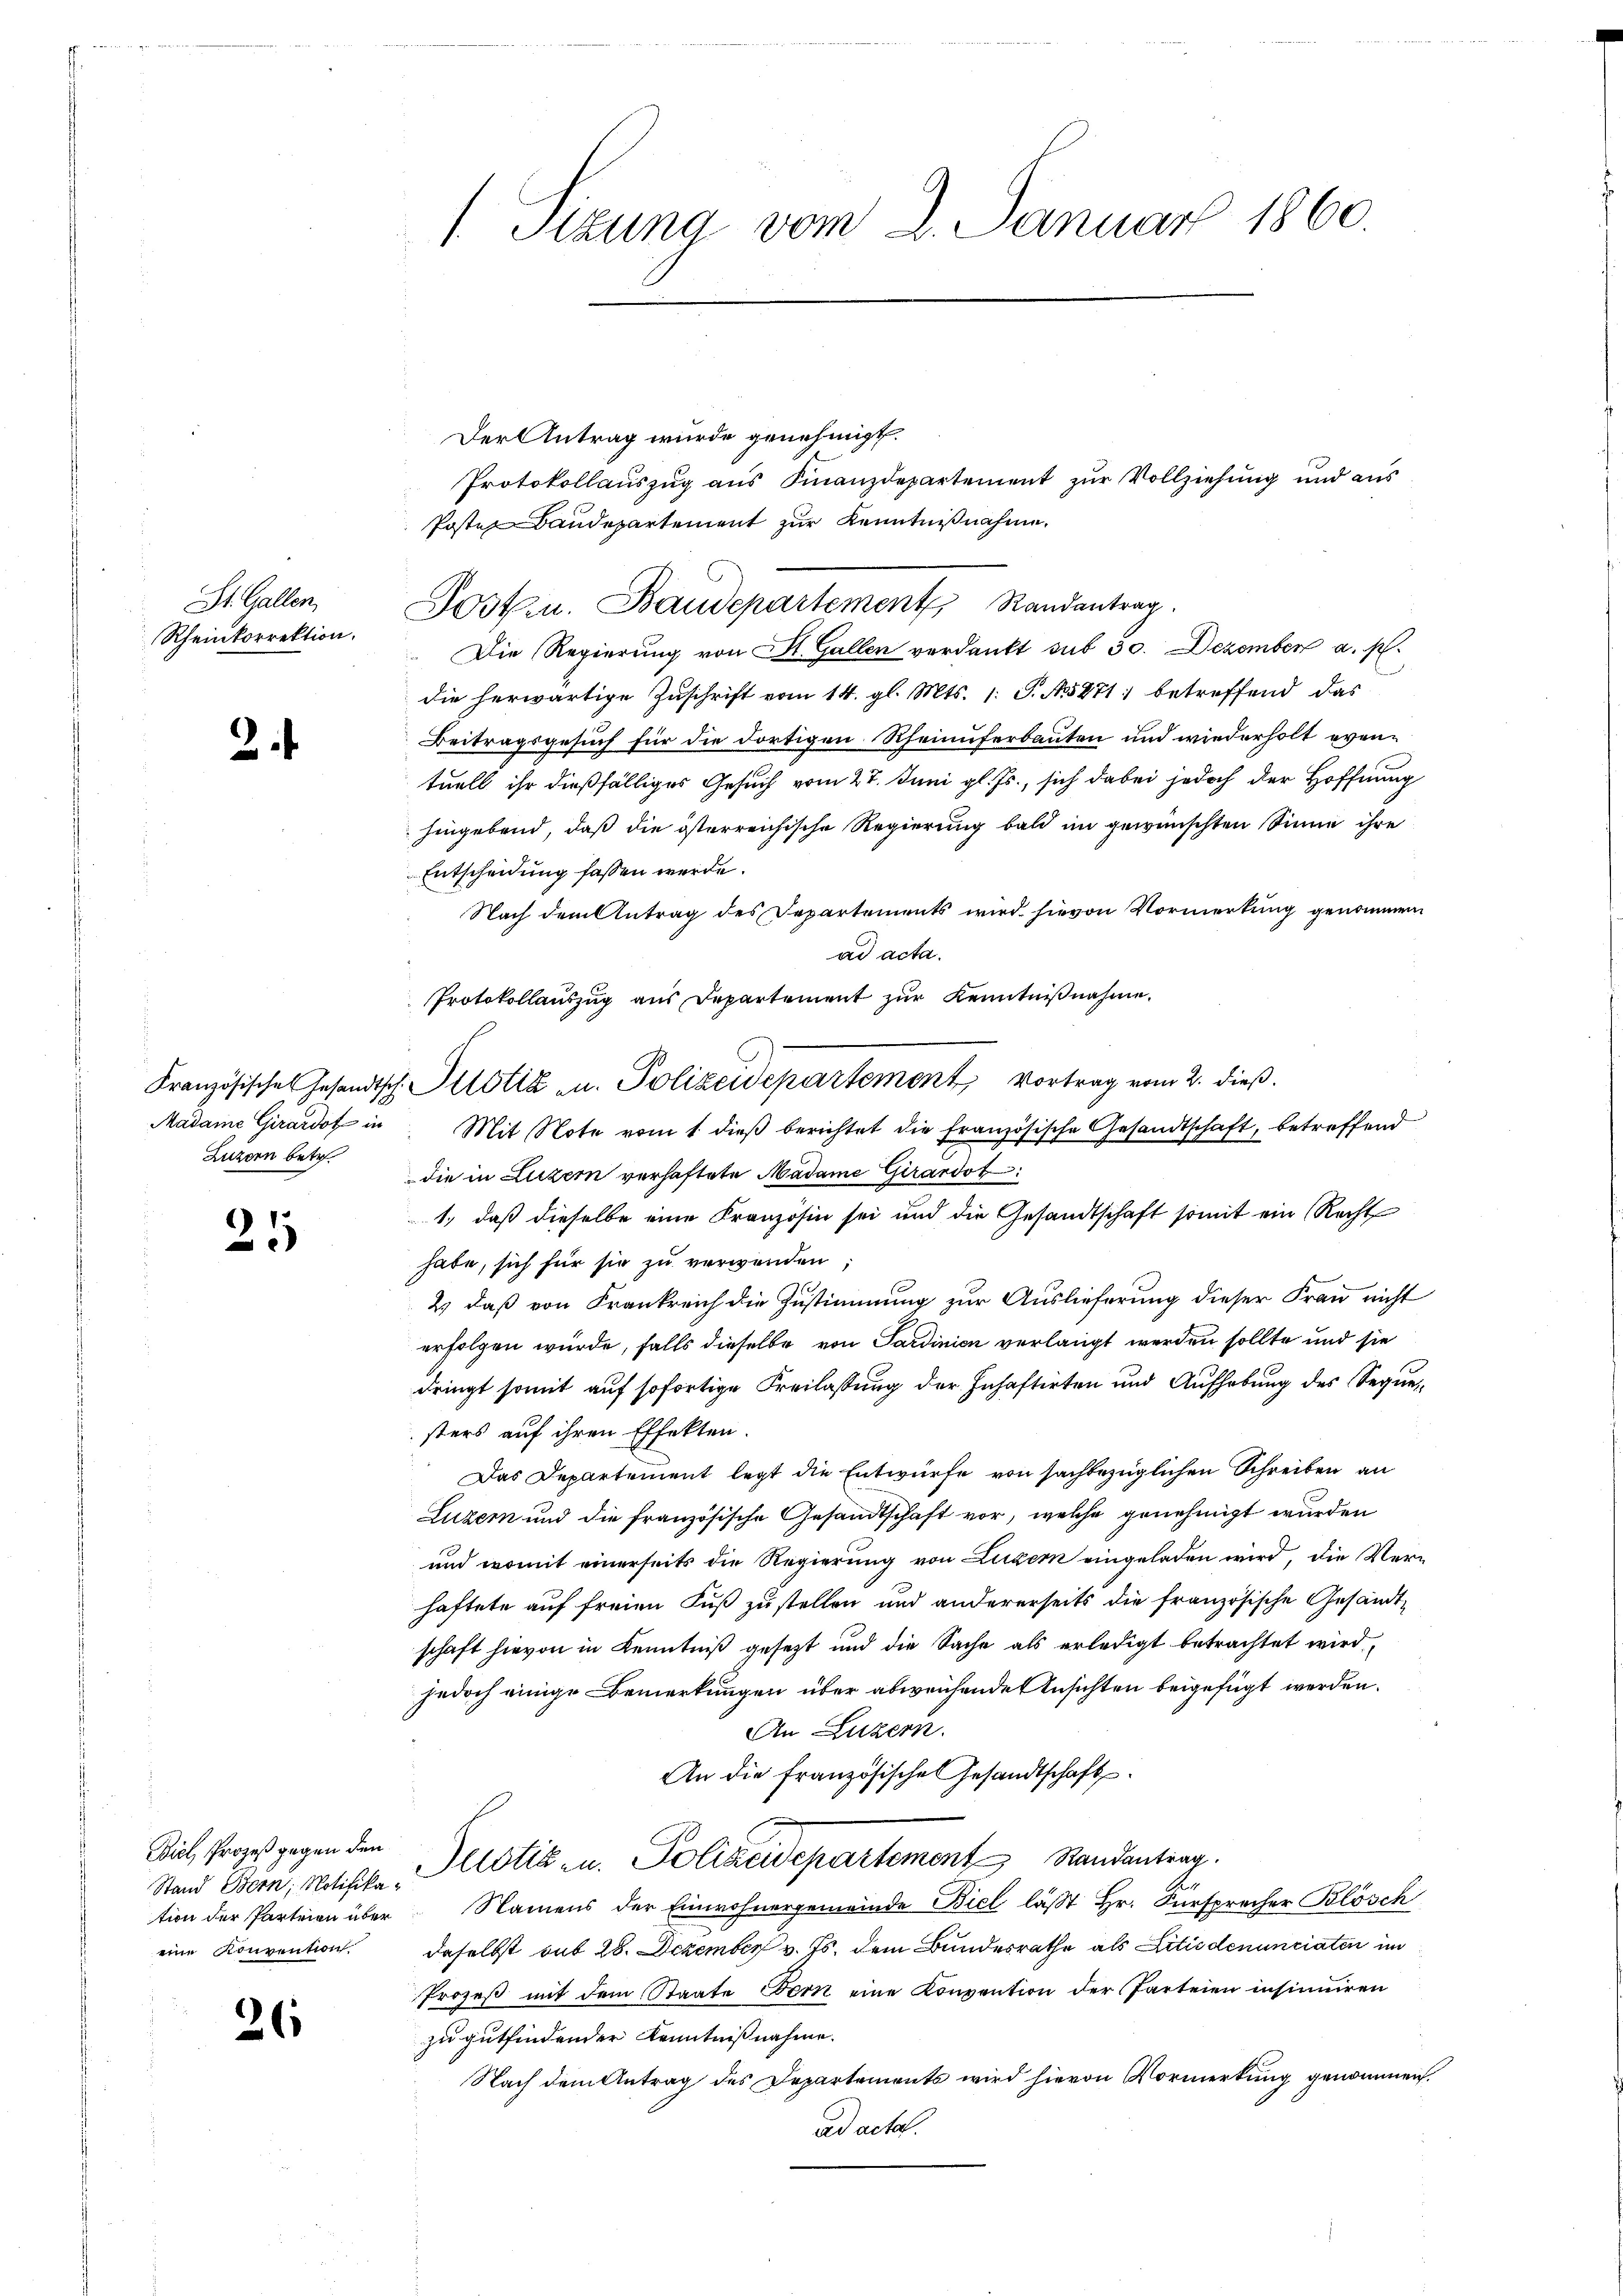
St. Gallen,
Rheinkorrektion.

2

Luzern betr.

25

Biel Prozeß gegen den
Stand Stern, Notifikaeine Konvention.

26

Sizung vom 2. Januar 1860.

Der Antrag wurde genehmigt.
Protokollauszug aus Finanzdepartement zŭr Vollziehung und aus
Poste Baudepartement zur Kenntnißnahme,
Jost u. Baudepartement Randantrag.
 Die Regierung von St. Gallen verdankt sub 30. Dezember a. M.
die herwärtige Zŭschrift vom 14. gl. Mts. 1. P. N. 871: betreffend das
Beitragsgesuch für die dortigen Rheinuferbauten und wiederholt eventuell ihr dießfälliges Gesuch vom 27. Juni gl. Js., sich dabei jedoch der Hoffnung
hingebend, daß die österreichische Regierung bald im gewünschten Sinne ihre
Entscheidung fassen werde.
Nach dem Antrag des Departements wird hievon Vormerkung genommen
ad acta.
Protokollauszug aus Departement zŭr Kenntniβnahme.
Madame Girardof in Mit Note vom 1. dieβ berichtet die französische Gesandtschaft, betreffend
die in Luzern verhaftete Madame Girardot
1., daß dieselbe eine Kranzösin sei und die Gesandtschaft somit ein Recht
habe, sich für sie zu verwenden
2) daß von Frankreich die Zustimmung zur Auslieferung dieser Frau nicht
erfolgen würde, falls dieselbe von Sardinien verlangt werden sollte und sie
dringt somit auf sofortige Freilassung der Inhaftirten und Aufhebung des Sequesters auf ihren Effekten.
Das Departement legt die Entwürfe von sachbezüglichen Schreiben an
Luzern und die französische Gesandtschaft vor, welche genehmigt wurden
und womit einerseits die Regierung von Luzern eingeladen wird, die Verhaftete auf freien Fuß zustellen und andererseits die französische Gesandtschaft hievon in Kenntniß gesezt und die Sache als erledigt betrachtet wird,
jedoch einige Bemerkungen über abweichende Ansichten beigefügt werden.
An Luzern.
An die französische Gesandtschaft
Justiz- u. Polizeidepartement Randantrag.
tion der Parteien über Namens der Einwohnergemeinde Biel lässt Hr. Fürsprecher Blösch
daselbst mit 28. Dezember v. Js. dem Bundesrathe als Liti denunciaten im
Prozeß mit dem Staate Bern eine Konvention der Parteien insinuiren
zu gutfindender Kenntnißnahme.
Nach dem Antrag des Departements wird hievon Vormerkung genommen.
ad acta.

Französische Gesandtsch. Allotiz u. Polizeidepartement Vortrag vom 2. dieß.